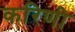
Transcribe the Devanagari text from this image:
करिणी